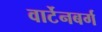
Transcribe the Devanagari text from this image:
वार्टेनबर्ग